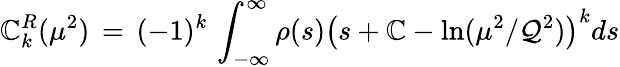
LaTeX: \mathbb{C}_{k}^{R}(\mu^{2})\, =\, (-1)^{k}\, \int_{-\infty}^{\infty}\rho(s)\left(s+{\cal\mathbb{C}}-\ln(\mu^{2}/\mathcal{Q}^{2})\right)^{k}ds